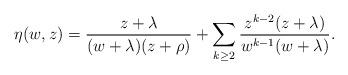
LaTeX: \begin{align*}\eta(w,z)=\frac{z+\lambda}{(w+\lambda)(z+\rho)}+\sum_{k\geq2}\frac{z^{k-2}(z+\lambda)}{w^{k-1}(w+\lambda)}.\end{align*}